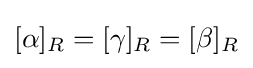
[\alpha ]_{R}=[\gamma ]_{R}=[\beta ]_{R}